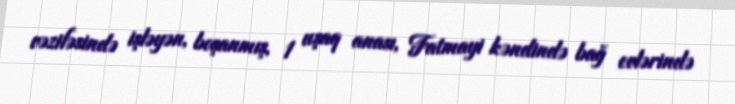
vəzifəsində işləyən, boşanmış, 1 uşaq anası, Fatmayi kəndində bağ evlərində